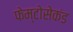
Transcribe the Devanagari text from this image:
फेम्टोसेकंड